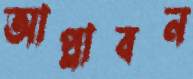
আপ্লাবন